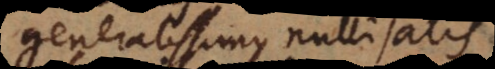
generalissimus nulli